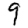
Digit: 9